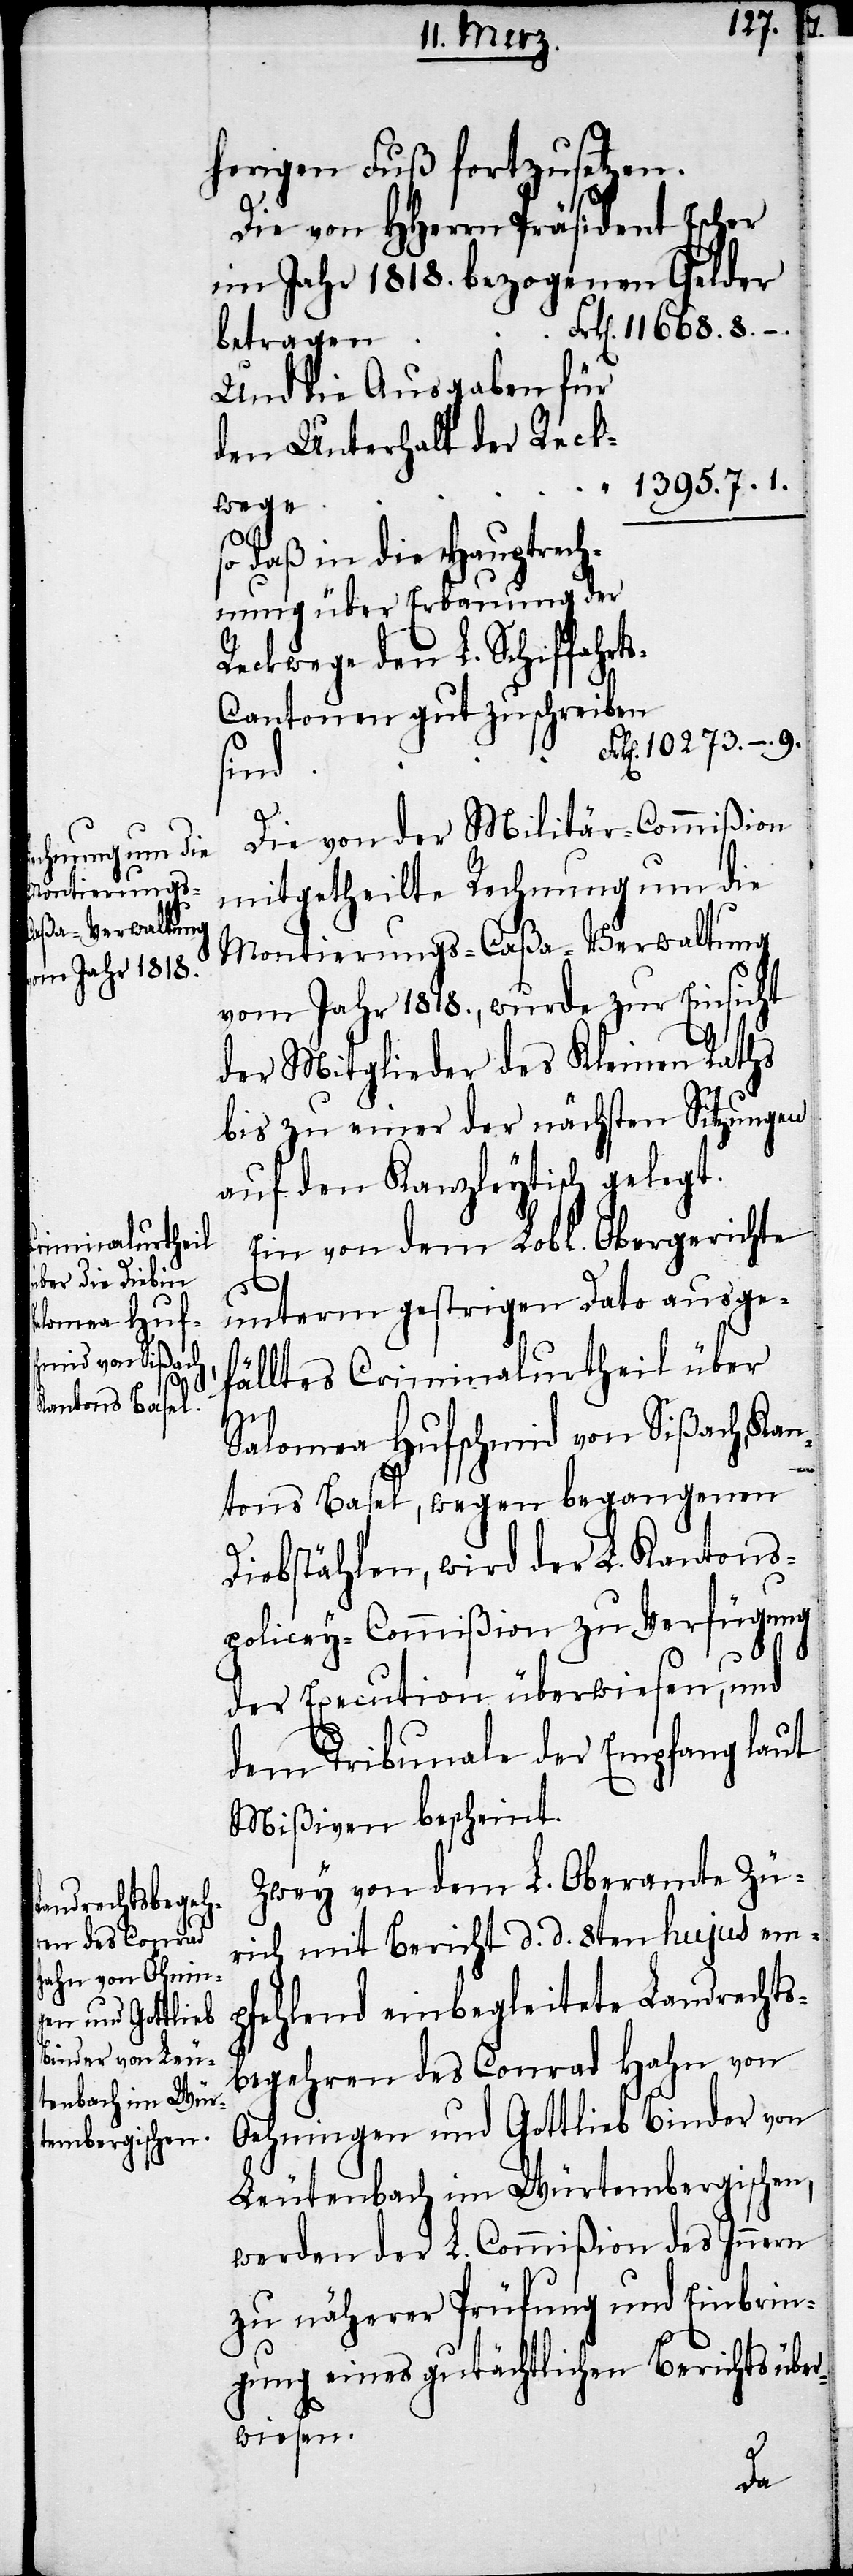
.

10273.
herigen Fuß fortzusetzen.
Die von HHerrn Präsident Escher
im Jahr 1818. bezogenen Gelder
Und die Ausgaben für
den Unterhalt der
1395.7. 1
.
so daß in die Hauptrech¬
nung über Erbauung der
s-Cantonen gutzuschreiben
–
Die von der Militär-Commißion
mitgetheilte Rechnung um die
Montierungs-Caßa-Verwaltung
vom Jahr 1818., wurde zur Einsicht
ahrt¬
der Mitglieder des Kleinen Raths
bis zu einer der nächsten Sitzungen
auf den Kanzleytisch gelegt.
Ein von dem Lobl. Obergerichte
unterm gestrigen Dato ausge¬
fälltes Criminalsurtheil über
Salomea Hufschmid von Sißach, Kan¬
den
tons Basel, wegen begangenen
Diebstählen, wird der L. Kantons¬
policey-Commißion zu Verfügung
der Execution überwiesen, und
dem Tribunale der Empfang laut
Mißiven bescheint.
Zwey von dem L. Oberamte Zü¬
rich mit Bericht d. d. 8ten hujus em¬
pfehlend einbegleitete Landrechts¬
9.
begehren des Conrad Hahn von
Oehningen und Gottlieb Binder von
Leutenbach im Würtembergischen,
werden der L. Commißion des Innern
zu näherer Prüfung und Einbrin¬
gung eines gutächtlichen Berichts über¬
wiesen.
L.